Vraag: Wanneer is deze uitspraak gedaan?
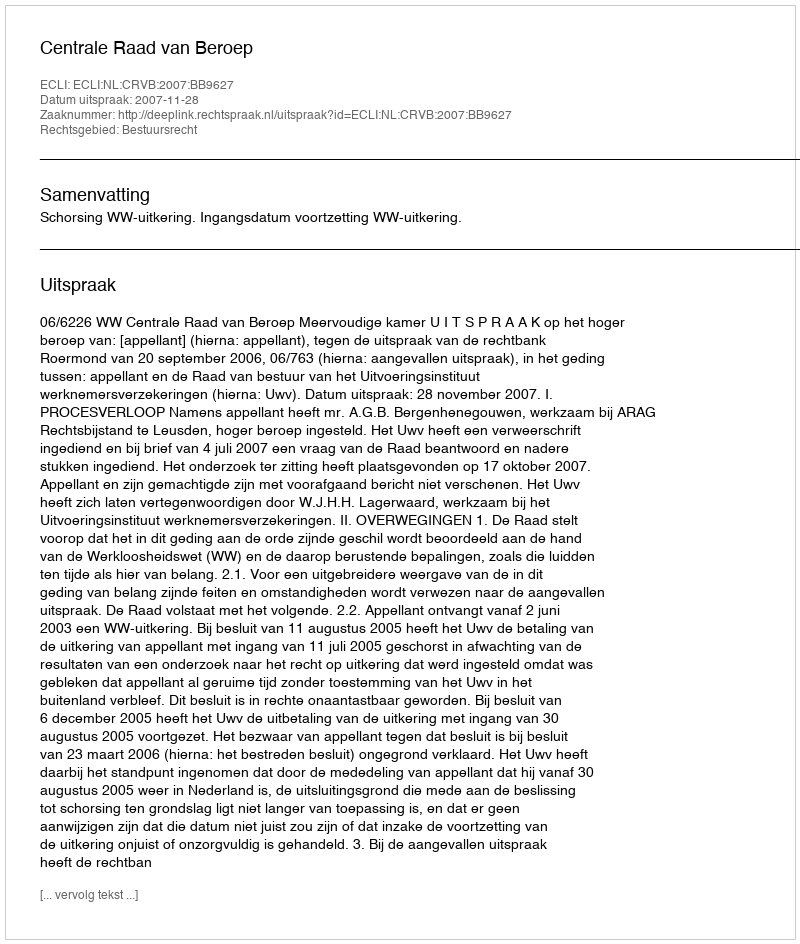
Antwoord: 2007-11-28